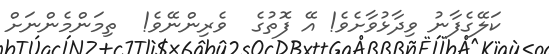
ކަލޭގެފާނު ވިދާޅުވާށެވެ! އޭ ފޮތުގެ  ވެރިންނޭވެ!  ތިމަންމެންނަށް